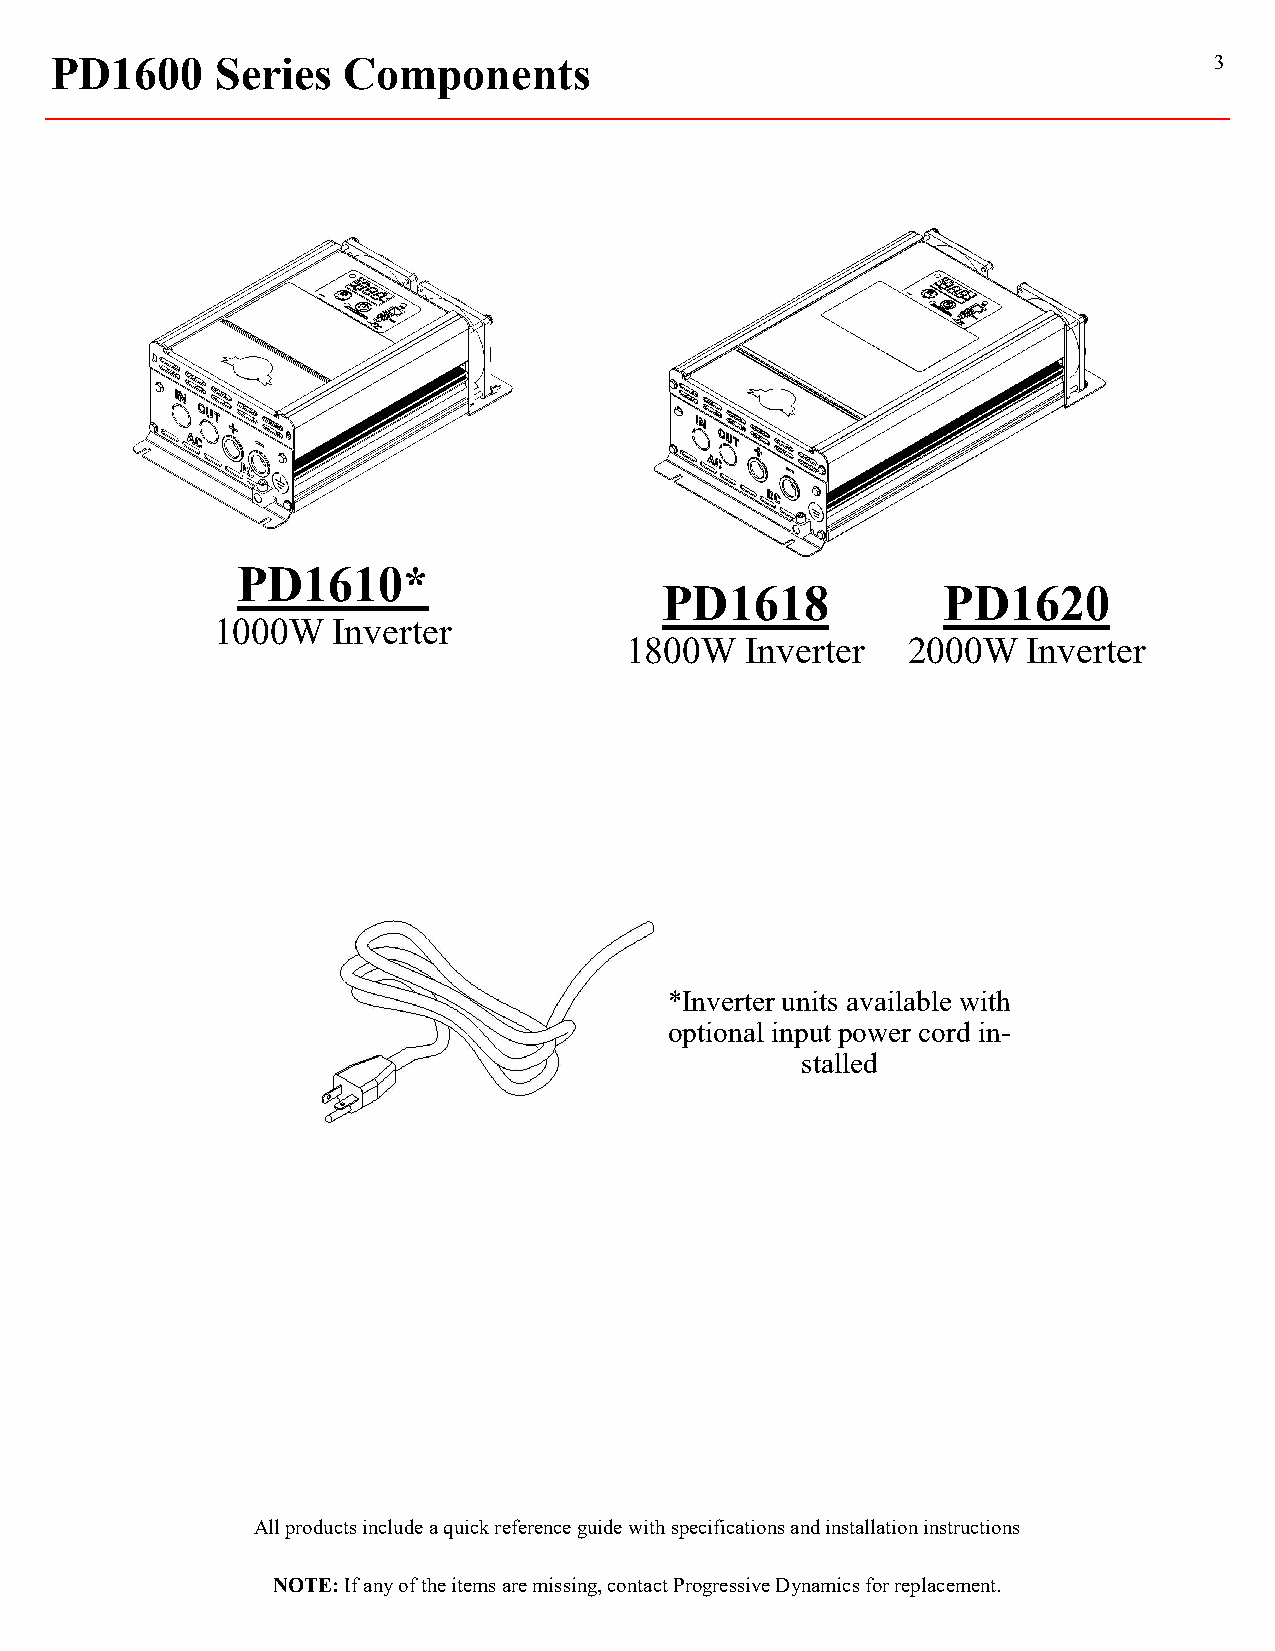
PD1600     Series   Components                                               3
 PD1610*
 PD1618            PD1620
 1000W   Inverter
 1800W   Inverter   2000W   Inverter
 *Inverter units available with
 optional input power cord in-
 stalled
 All products include a quick reference guide with specifications and installation instructions
 NOTE: If any of the items are missing, contact Progressive Dynamics for replacement.